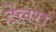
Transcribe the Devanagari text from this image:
टेलरां